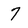
Character: 7